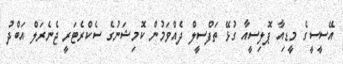
އޭސީސީގެ މީޑިއާ ޕޮލިސީއާ ގުޅޭ ތަފްސީލް ދެއްވަމުން ކޮމިޝަނުގެ ސެކްރެޓަރީ ޖެނެރަލް އަބްދު